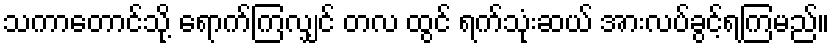
သကာတောင်သို့ ရောက်ကြလျှင် တလ ထွင် ရက်သုံးဆယ် အားလပ်ခွင့်ရကြမည်။